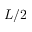
L / 2